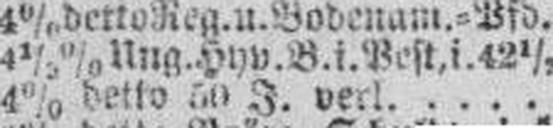
4% detto 50 J. verl.